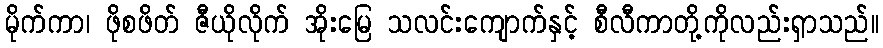
မိုက်ကာ၊ ဖိုစဖိတ် ဇီယိုလိုက် အိုးမြေ သလင်းကျောက်နှင့် စီလီကာတို့ကိုလည်းရှာသည်။